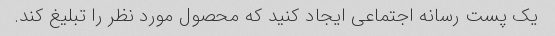
یک پست رسانه اجتماعی ایجاد کنید که محصول مورد نظر را تبلیغ کند.